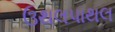
ઉથલપાથલ